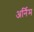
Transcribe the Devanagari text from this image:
अर्निम